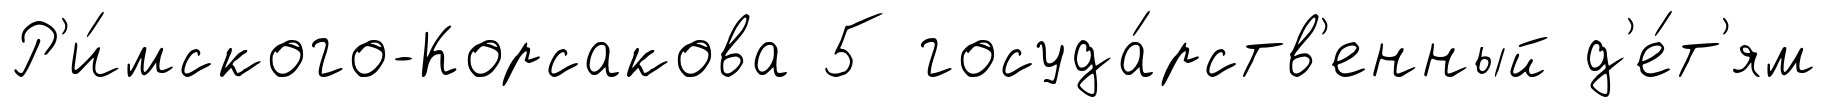
Р'и́мского-Корсакова 5 госуда́рств'енный д'е́т'ям